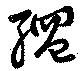
縄